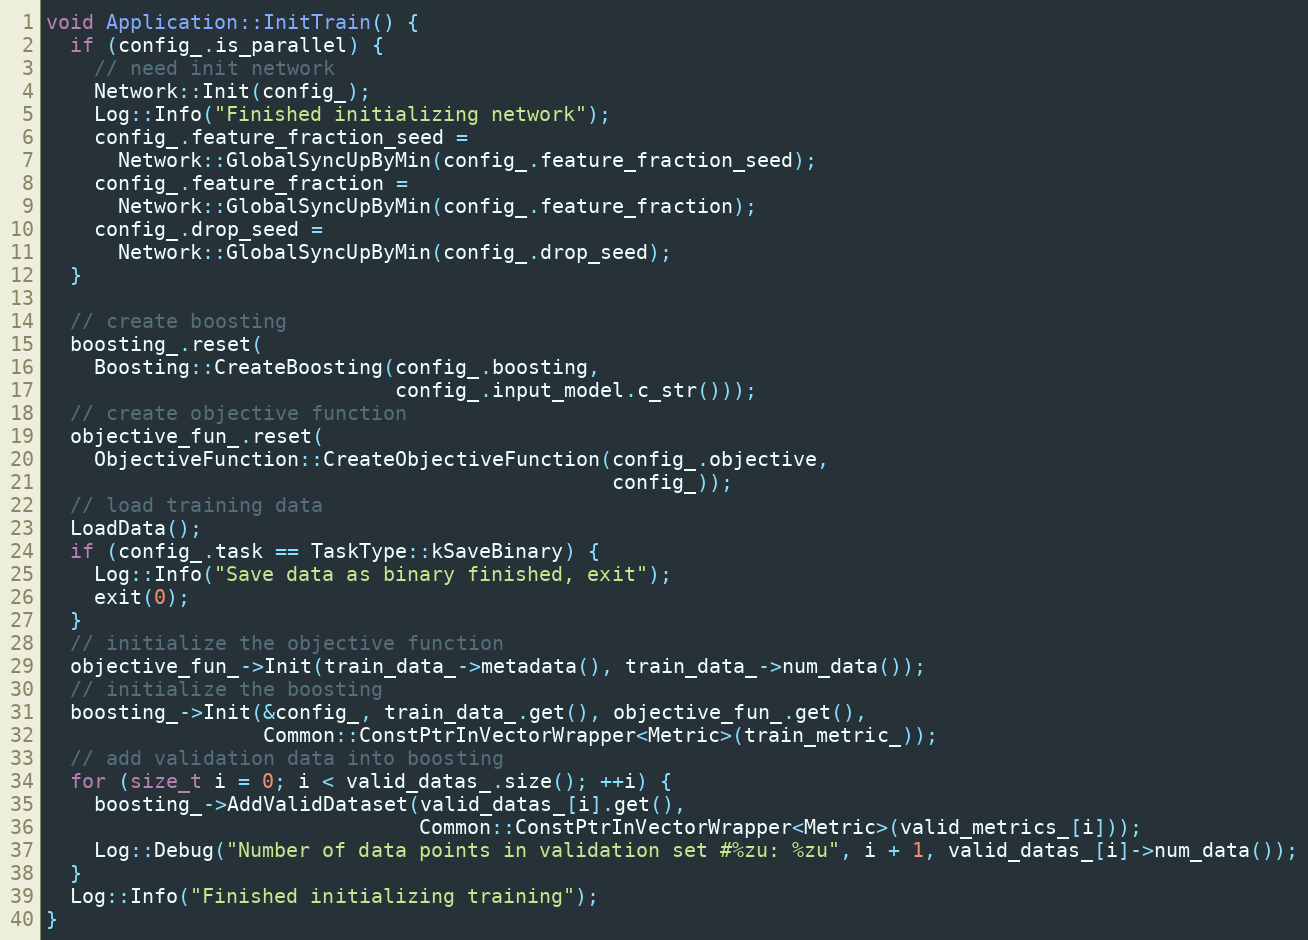
Language: C++
void Application::InitTrain() {
  if (config_.is_parallel) {
    // need init network
    Network::Init(config_);
    Log::Info("Finished initializing network");
    config_.feature_fraction_seed =
      Network::GlobalSyncUpByMin(config_.feature_fraction_seed);
    config_.feature_fraction =
      Network::GlobalSyncUpByMin(config_.feature_fraction);
    config_.drop_seed =
      Network::GlobalSyncUpByMin(config_.drop_seed);
  }

  // create boosting
  boosting_.reset(
    Boosting::CreateBoosting(config_.boosting,
                             config_.input_model.c_str()));
  // create objective function
  objective_fun_.reset(
    ObjectiveFunction::CreateObjectiveFunction(config_.objective,
                                               config_));
  // load training data
  LoadData();
  if (config_.task == TaskType::kSaveBinary) {
    Log::Info("Save data as binary finished, exit");
    exit(0);
  }
  // initialize the objective function
  objective_fun_->Init(train_data_->metadata(), train_data_->num_data());
  // initialize the boosting
  boosting_->Init(&config_, train_data_.get(), objective_fun_.get(),
                  Common::ConstPtrInVectorWrapper<Metric>(train_metric_));
  // add validation data into boosting
  for (size_t i = 0; i < valid_datas_.size(); ++i) {
    boosting_->AddValidDataset(valid_datas_[i].get(),
                               Common::ConstPtrInVectorWrapper<Metric>(valid_metrics_[i]));
    Log::Debug("Number of data points in validation set #%zu: %zu", i + 1, valid_datas_[i]->num_data());
  }
  Log::Info("Finished initializing training");
}